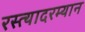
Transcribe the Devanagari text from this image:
रस्त्यादरम्यान